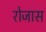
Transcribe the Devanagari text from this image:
रोजास